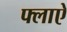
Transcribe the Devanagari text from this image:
फ्लाऐ